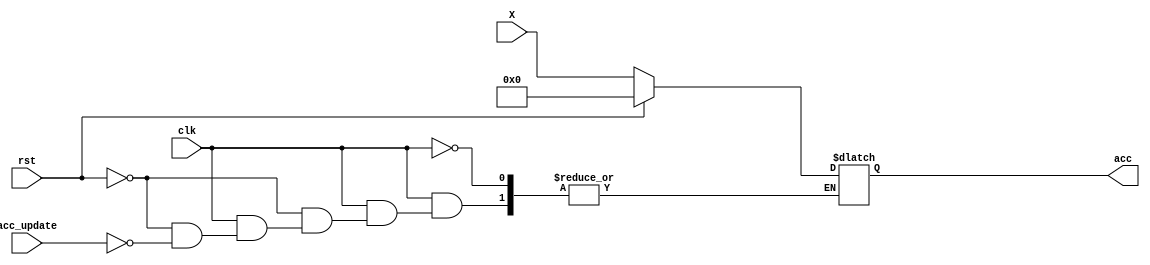
`timescale 1ns / 1ps
//////////////////////////////////////////////////////////////////////////////////
// Company: 
// Engineer: 
// 
// Design Name: 
// Module Name:    ACC 
// Project Name: 
// Target Devices: 
// Tool versions: 
// Description: 
//
// Dependencies: 
//
// Revision: 
// Revision 0.01 - File Created
// Additional Comments: 
//
//////////////////////////////////////////////////////////////////////////////////
module ACC(clk, acc_update, X, acc, rst);
	input clk;
	input acc_update;
	input [7:0] X;
	input rst;
	
	output [7:0] acc;
	
	reg [7:0] reg_acc;
	assign acc = reg_acc;
	
	// always @(*)
	// begin
		// if (rst == 1)
			// reg_acc <= 0;
	// end
	
	always @(*)
	begin
		if (clk) begin	
			if (rst == 1)
				reg_acc = 0;
			else begin
				if (acc_update)
					reg_acc = X;
				else
					reg_acc = acc;
			end
		end
	end
				
endmodule